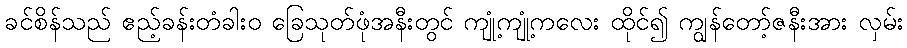
ခင်စိန်သည် ဧည့်ခန်းတံခါးဝ ခြေသုတ်ဖုံအနီးတွင် ကျုံ့ကျုံ့ကလေး ထိုင်၍ ကျွန်တော့်ဇနီးအား လှမ်း